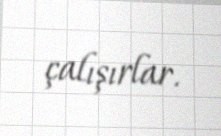
çalışırlar.